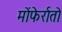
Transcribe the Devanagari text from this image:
मोंफेर्रातो